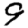
Digit: 9